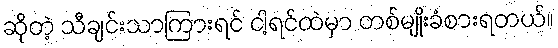
ဆိုတဲ့ သီချင်းသာကြားရင် ငါ့ရင်ထဲမှာ တစ်မျိုးခံစားရတယ်။